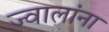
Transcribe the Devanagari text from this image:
ज्वालांना